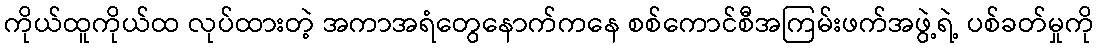
ကိုယ်ထူကိုယ်ထ လုပ်ထားတဲ့ အကာအရံတွေနောက်ကနေ စစ်ကောင်စီအကြမ်းဖက်အဖွဲ့ရဲ့ ပစ်ခတ်မှုကို